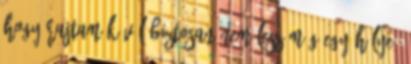
hogy rajtam kívül biztosan nem lesz még egy hülye,